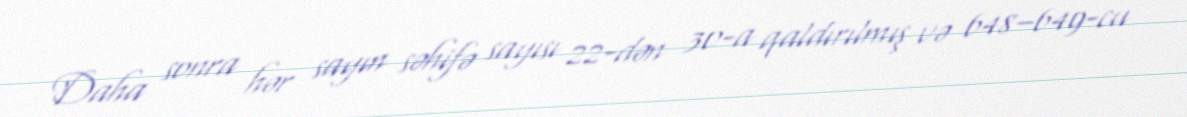
Daha sonra hər sayın səhifə sayısı 22-dən 30-a qaldırılmış və 648–649-cu